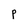
Character: p